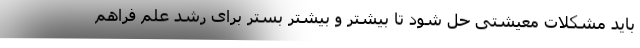
باید مشکلات معیشتی حل شود تا بیشتر و بیشتر بستر برای رشد علم فراهم